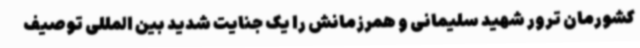
کشورمان ترور شهید سلیمانی و همرزمانش را یک جنایت شدید بین المللی توصیف